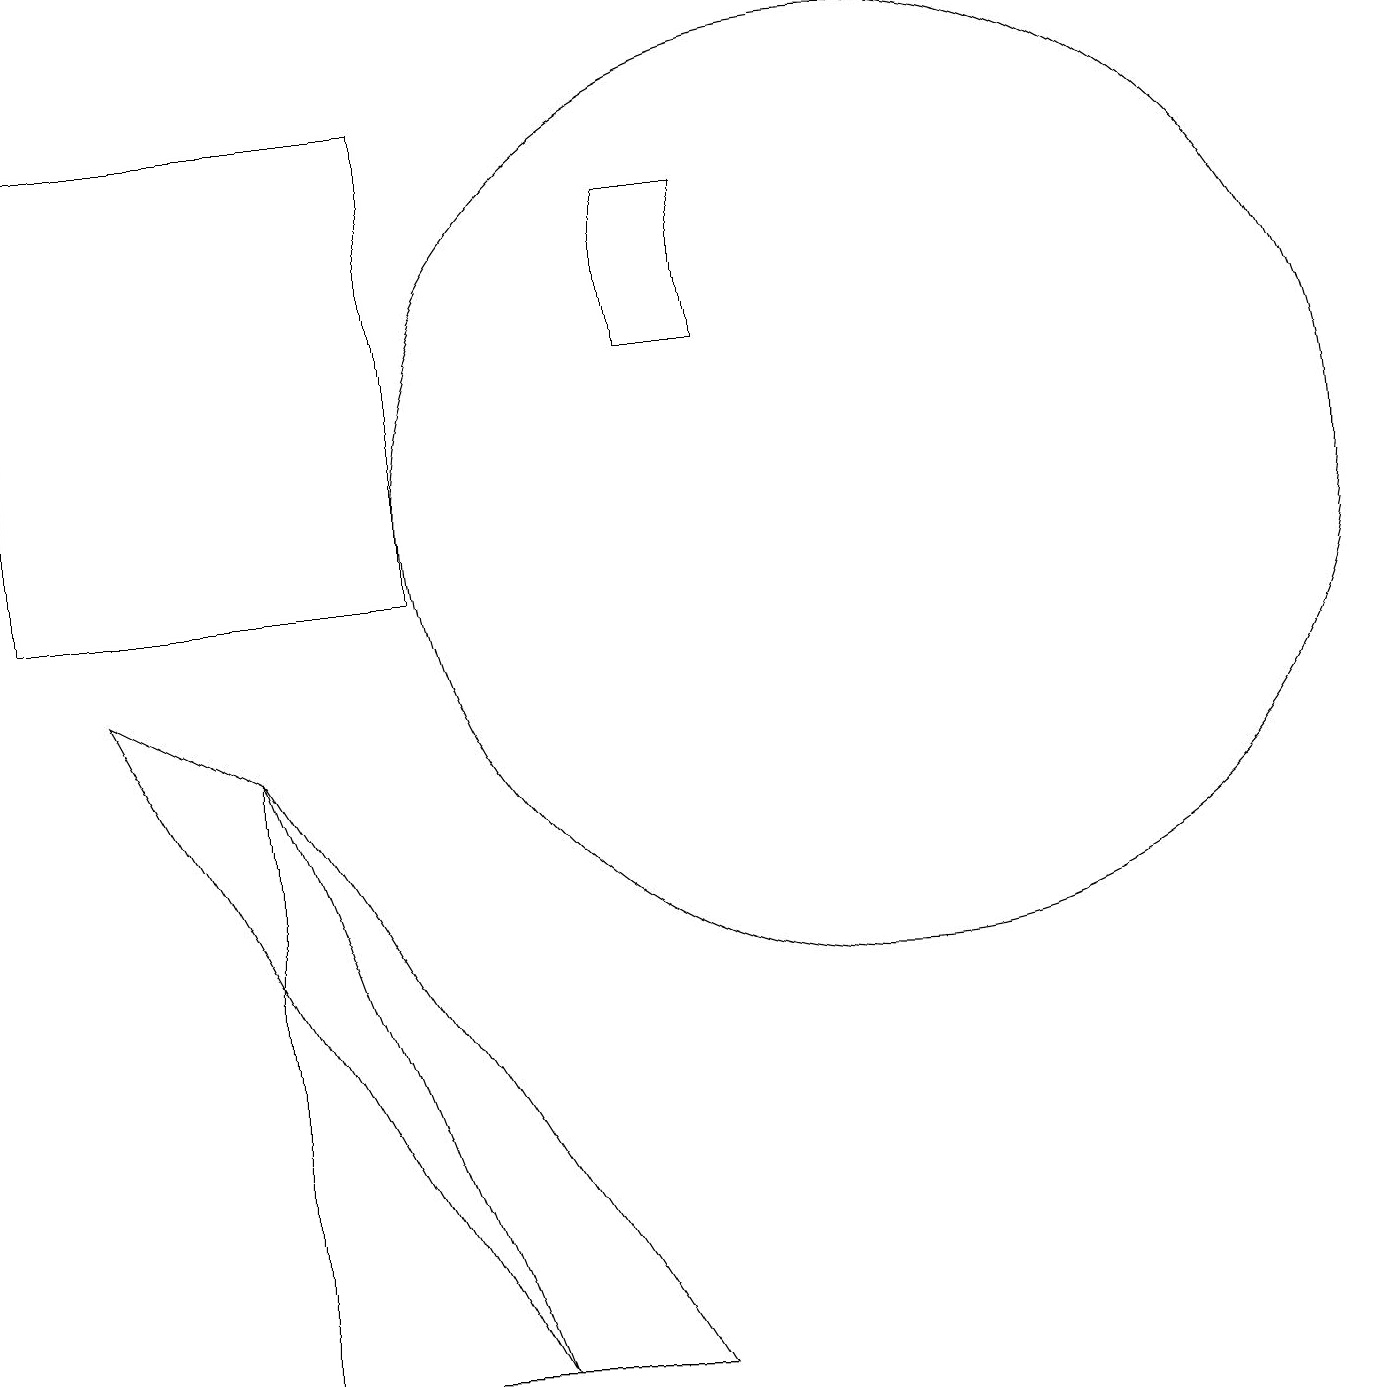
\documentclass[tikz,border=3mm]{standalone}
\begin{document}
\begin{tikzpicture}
\draw (1,9) -- (6,0) -- (3,8) -- cycle;
\draw (11,11) circle (6);
\draw (9,15) rectangle (8,13);
\draw (3,8) -- (3,0) -- (8,0) -- cycle;
\draw (5,16) rectangle (0,10);
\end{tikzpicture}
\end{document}